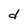
Character: d